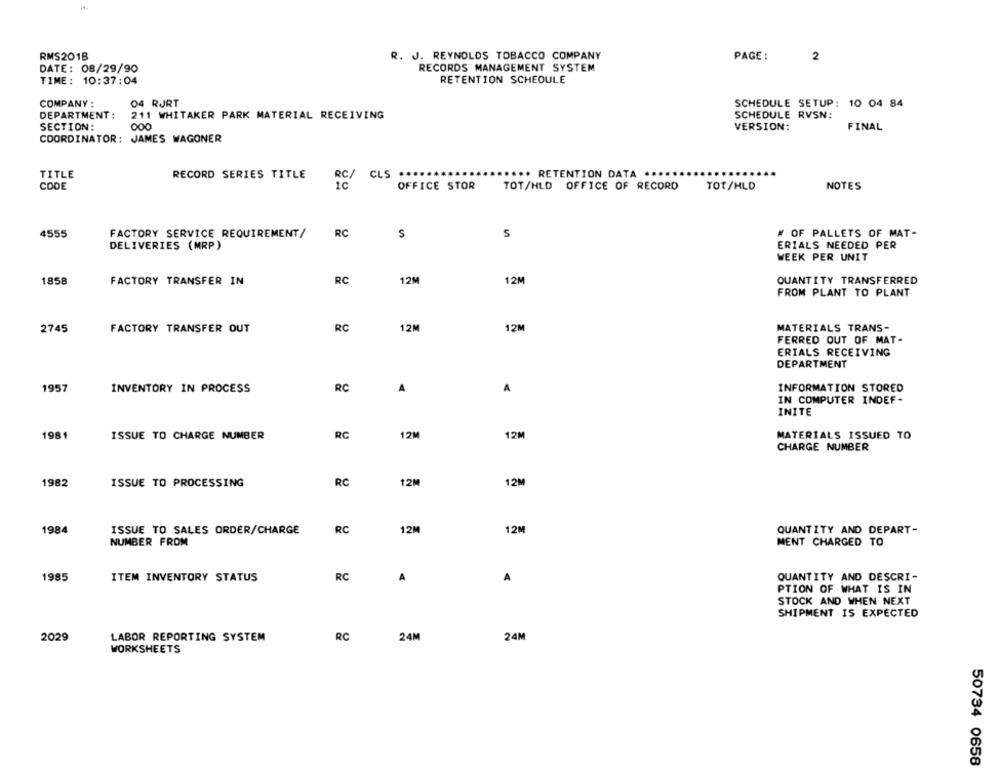
RMS201B
R. J. REYNOLDS TOBACCO COMPANY
PAGE :
2
DATE: 08/29/90
RECORDS MANAGEMENT SYSTEM
TIME: 10:37:04
RETENTION SCHEOULE
COMPANY :
04 RJRT
SCHEDULE SETUP: 10 04 84
DEPARTMENT :
211 WHITAKER PARK MATERIAL RECEIVING
SCHEDULE RVSN:
SECTION:
000
VERSION:
FINAL
COORDINATOR: JAMES WAGONER
TITLE
RECORD SERIES TITLE
RC/
CLS .
... RETENTION DATA .....
CODE
ic
OFFICE STOR
TOT/HLD
OFFICE OF RECORD
TOT/HLD
NOTES
RC
4555
FACTORY SERVICE REQUIREMENT/
$
S
# OF PALLETS OF MAT-
DELIVERIES (MRP)
ERIALS NEEDED PER
WEEK PER UNIT
1858
FACTORY TRANSFER IN
RC
12M
12M
QUANTITY TRANSFERRED
FROM PLANT TO PLANT
2745
FACTORY TRANSFER OUT
RC
12M
12M
MATERIALS TRANS-
FERRED OUT OF MAT.
ERIALS RECEIVING
DEPARTMENT
1957
INVENTORY IN PROCESS
RC
A
A
INFORMATION STORED
IN COMPUTER INDEF-
INITE
1981
ISSUE TO CHARGE NUMBER
RC
12M
12M
MATERIALS ISSUED TO
CHARGE NUMBER
1982
ISSUE TO PROCESSING
RC
12M
12M
1984
ISSUE TO SALES ORDER/CHARGE
RC
12M
12M
QUANTITY AND DEPART-
NUMBER FROM
MENT CHARGED TO
1985
ITEM INVENTORY STATUS
RC
A
A
QUANTITY AND DESCRI-
PTION OF WHAT IS IN
STOCK AND WHEN NEXT
SHIPMENT IS EXPECTED
2029
LABOR REPORTING SYSTEM
RC
24M
24M
WORKSHEETS
50734 0658